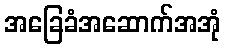
အခြေခံအဆောက်အအုံ